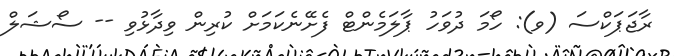
ރާޖަޕަކްސަ (ވ): ހޯމަ ދުވަހު ޕާލަމެންޓް ފެށޭނެކަމަށް ކުރިން ވިދާޅުވި -- ސޯޝަލް